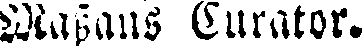
Massans Curator.